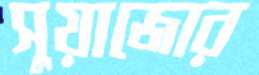
সুয়াজোর